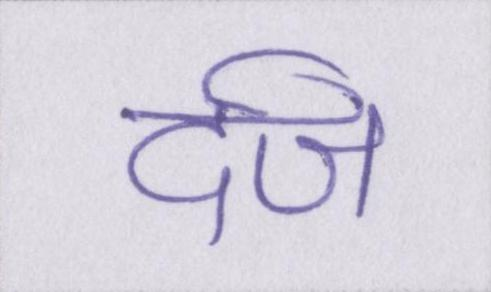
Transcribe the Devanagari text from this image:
र्दज